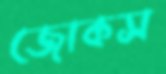
জোকস